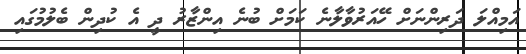
އަމިއްލަ ދަރިންނަށް ހޭއަރުވާލާނެ ކަމަށް ބުނެ އިންޒާރު ދީ އެ ކުދިން ބެލުމުގައި